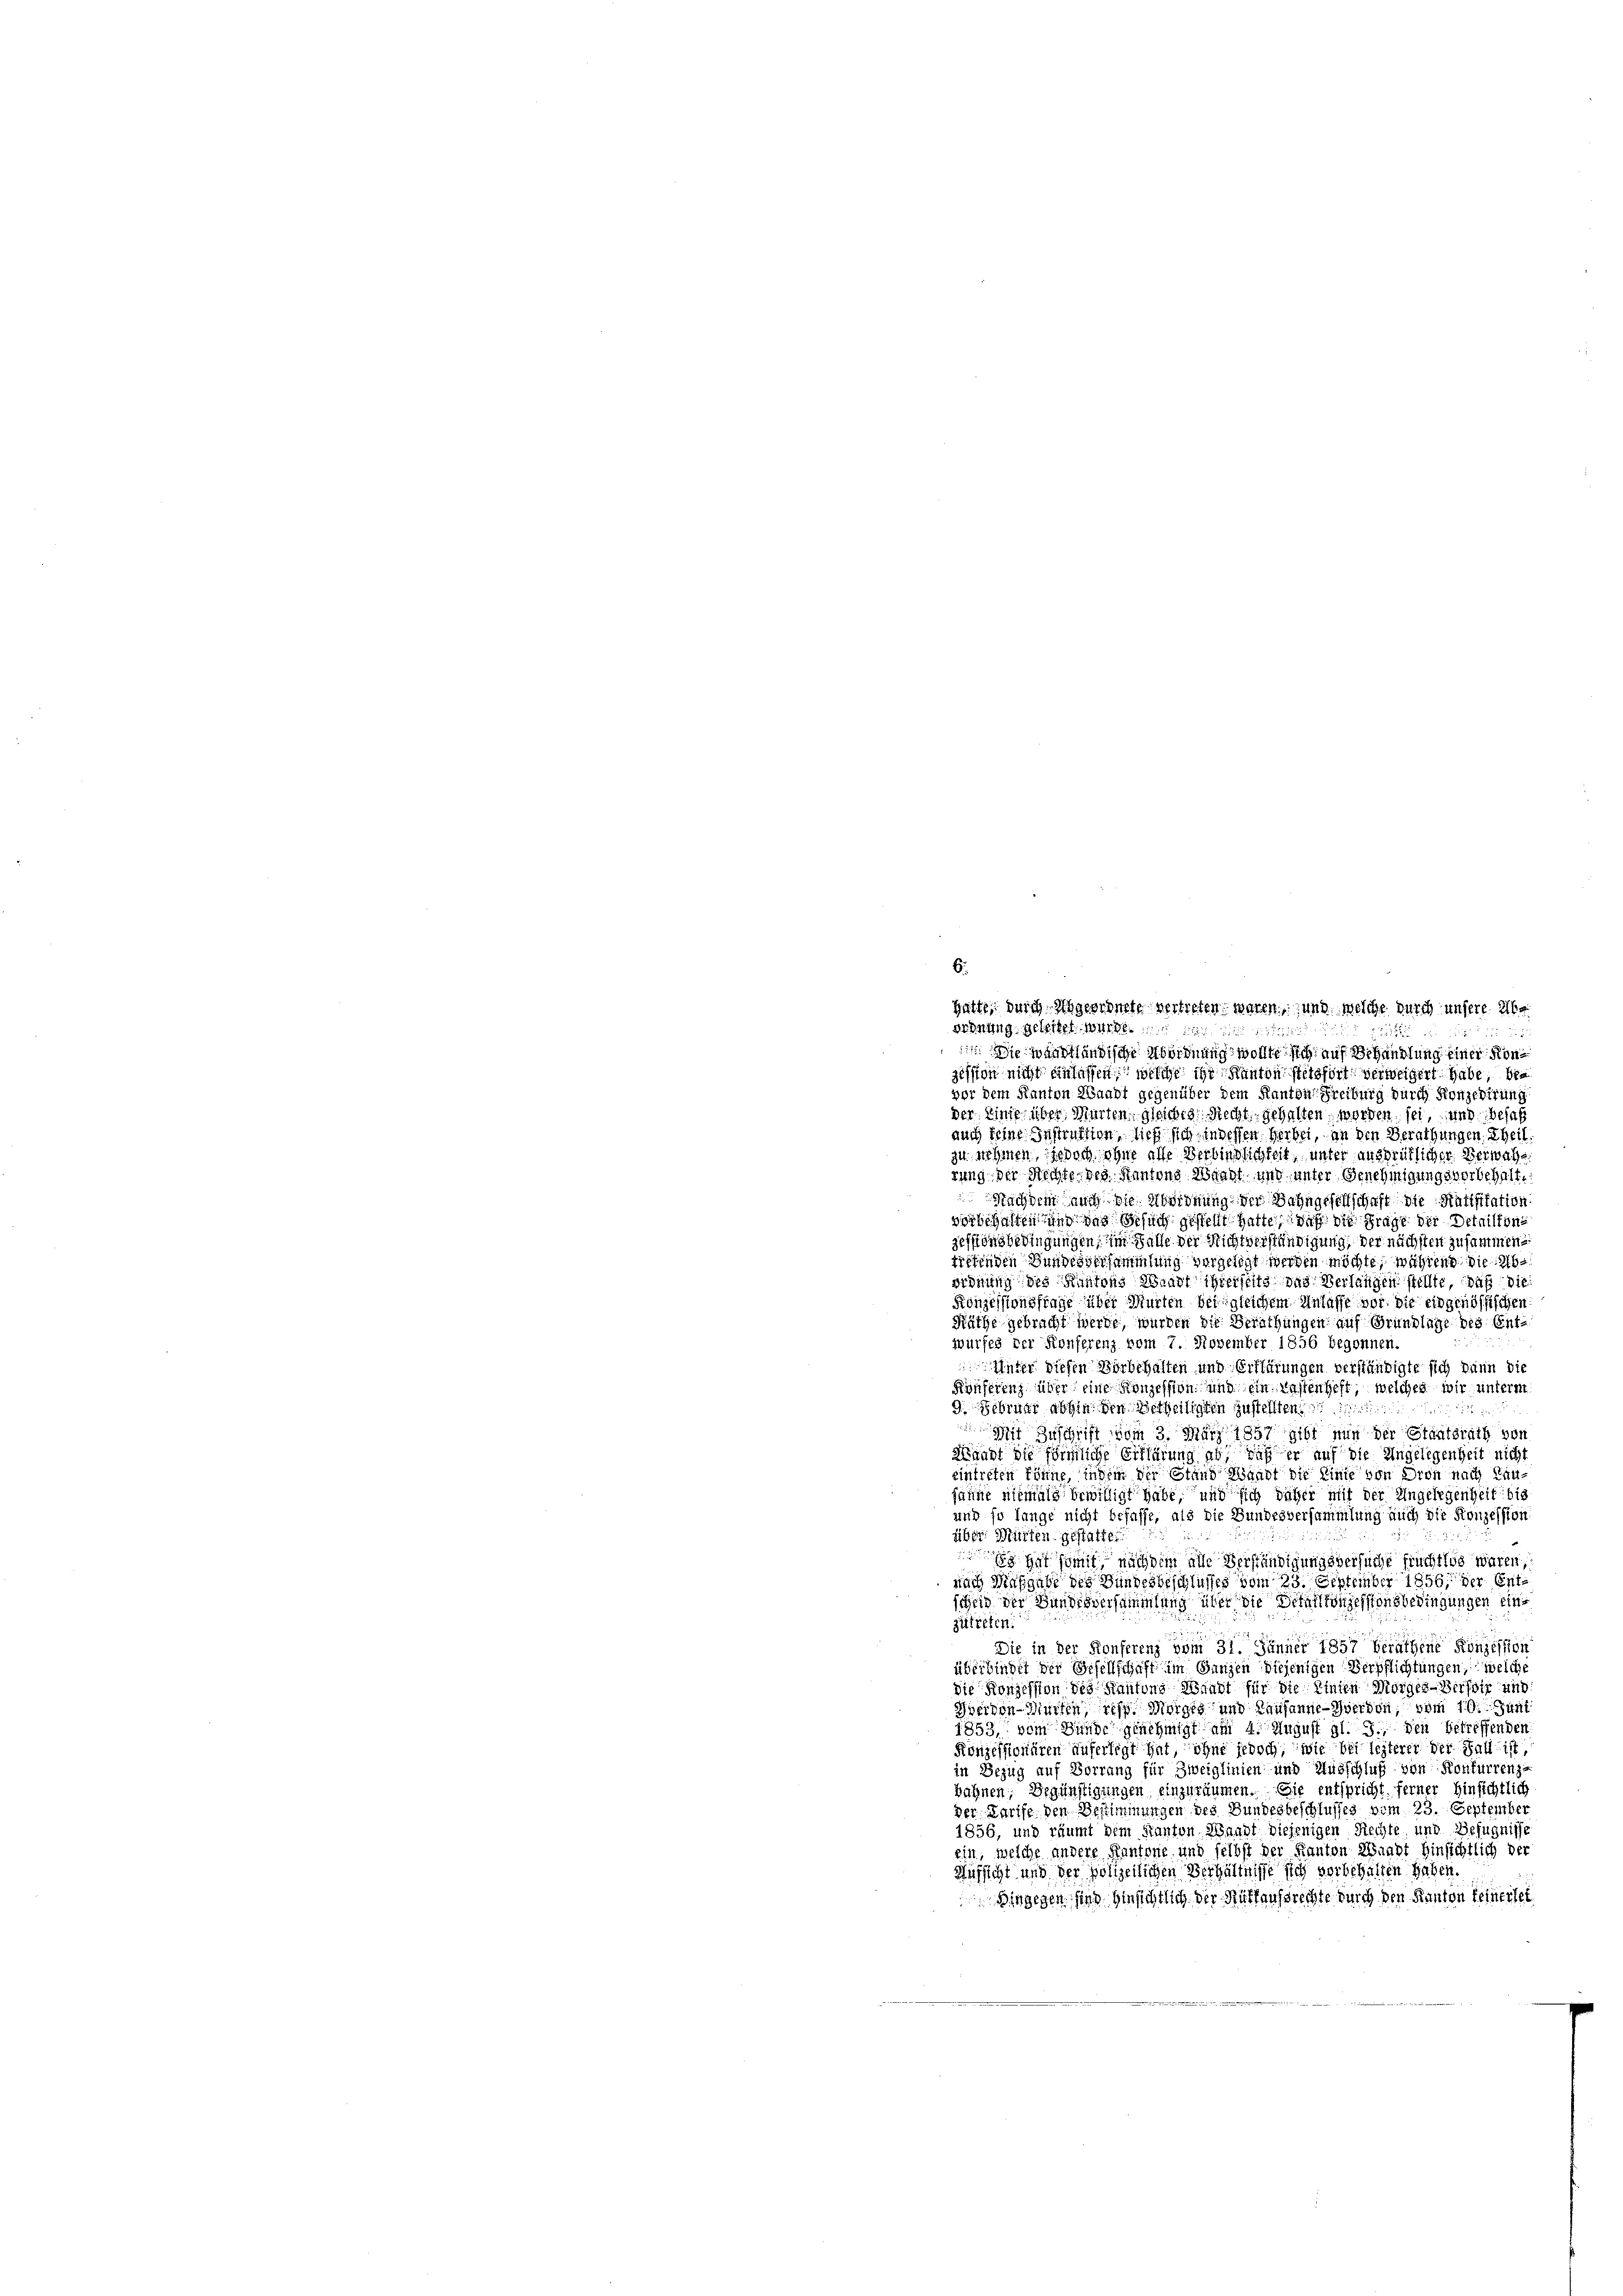
6.
hatte, durch Abgeordnete vertreten waren, und welche durch unsere Abe
ordnung geleitet. Markt. die die
25
5
 Sie warstländische Abordnung wollte sich auf Behandlung einer Konsession nicht einlassen, welche ihr Kanton stetsfort verweigert habe, bea
vor dem Kanton Waadt gegenüber dem Kanton Freiburg durch Konzedirung
der, Linie über Warten, gleiches Recht gehalten, worden sei, und besass
auch feine Instruktion, ließ sich in dessen Herbei, an den Berathungen, theil
zu nehmen, jedoch ohne alle Verbindlichkeit, unter ausdrüklicher Verwahrung der Rechte des Kantons Waadt und unter Genehmigungsvorbehalt.
Nachdem auch die Abordnung der Bahngesellschaft die Ratifikation
vorbehalten und das Besuch gestellt hatte, daß die Frage der Detailloni
zessionsbedingungen, im Falle der Nichtverständigung, der nächsten zusammene
tretenden Bundesversammlung vergelegt werden möchte, während die Abordnung des Kantons Waadt ihrerseits das Verlangen stellte, daß die
Konzessionsfrage über Murten bei gleichem Anlasse vor. die eidgenössischen
Räthe gebracht werde, wurden die Berathungen auf Grundlage des Ent-
wurfes der Konferenz vom 7. November 1856 begonnen.
Unter diesen Vorbehalten und Erklärungen verständigte sich dann die
Konferenz über eine Konzession und ein Kastenheft, welches wir unterm
9. Februar abhin den Betheiligten zustellten. 1
2
Mit Zuschrift vom 3. März 1857 gibt nun der Staatsrath von
Wigant die förmliche Erklärung ab, daß er auf die Angelegenheit nicht
eintreten könne, indem der Stand Waadt die Linie von Dron nach Laufanne niemals bewilligt habe, und sich daher mit der Angelegenheit bis
und so lange nicht behaffe, als die Bundesversammlung auch die Konzession
über Murten gestatte.
s gut samt nach dem alle Verständigungsversuche früchtlos waren,
nach Ausgabe des Bundesbeschlusses vom 23. September 1856, der Entscheid der Bundesversammlung über die Detaillonzessionsbedingungen einzutreten.
Die in der Konferenz vom 31. Jänner 1857 berathene Konzession
überbindet der Besellschaft im Ganzen diejenigen Verpflichtungen, welche
die Konzession des Kantons Waadt für die Einten Morges-Verster und
Herdon-Würten des Morgen und Lausanne - Hiervon, vom 10. Juni
1853, vom Bunde genehmigt am 4. August gl. J., den betreffenden
Konzessionären äuferlegt hat, ohne jedoch, wie bei lezterer der Fall ist
in Bezug auf Vorrang für Zweiglinien und Ausschluß von Konfurrenz
bahnen; Begünstigungen einzuräumen. Sie entspricht. Ferner Hinsichtlich
der Karte den Bestimmungen des Bundesbeschlusses vom 23. September
1856, und räumt dem Kanton Waadt diejenigen Rechte, und Befugnisse
ein, welche andere Kantone, und selbst der Kanton Waadt Hinsichtlich der
Aufsicht und der polizeilichen Verhältnisse sich vorbehalten haben.
Dingegen sind Hinsichtlich der Rutfaufsrechte durch den Kanton keinersei